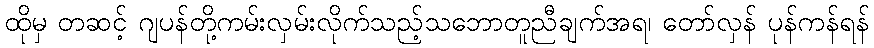
ထိုမှ တဆင့် ဂျပန်တို့ကမ်းလှမ်းလိုက်သည့်သဘောတူညီချက်အရ၊ တော်လှန် ပုန်ကန်ရန်